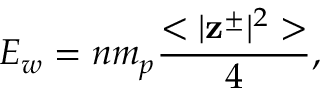
E _ { w } = n m _ { p } \frac { < | \mathbf { z } ^ { \pm } | ^ { 2 } > } { 4 } ,